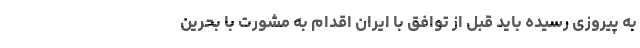
به پیروزی رسیده باید قبل از توافق با ایران اقدام به مشورت با بحرین